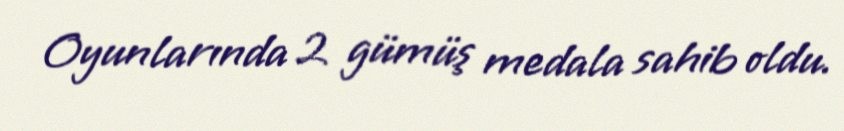
Oyunlarında 2 gümüş medala sahib oldu.